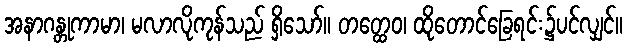
အနာဂန္တုကာမာ၊ မလာလိုကုန်သည် ရှိသော်။ တတ္ထေဝ၊ ထိုတောင်ခြေရင်း၌ပင်လျှင်။